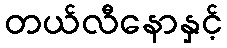
တယ်လီနောနှင့်